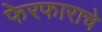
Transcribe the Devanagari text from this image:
फेरफाराचे